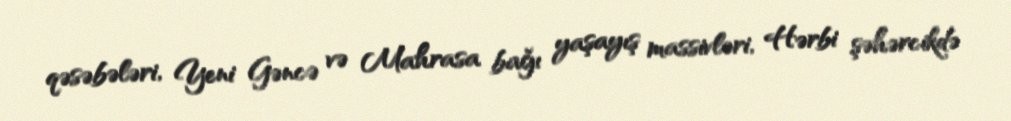
qəsəbələri, Yeni Gəncə və Mahrasa bağı yaşayış massivləri, Hərbi şəhərcikdə